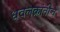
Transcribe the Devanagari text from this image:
धवलक्रांतीचे